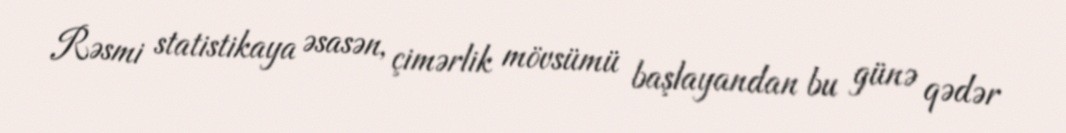
Rəsmi statistikaya əsasən, çimərlik mövsümü başlayandan bu günə qədər